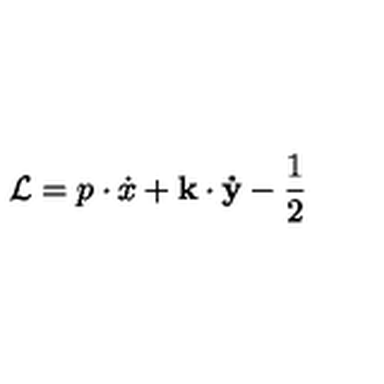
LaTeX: \mathcal { L } = p \cdot \dot { x } + \mathbf { k } \cdot \mathbf { \dot { y } } - \frac { 1 } { 2 }